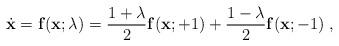
LaTeX: \begin{align*}\dot{\bf x}={\bf f}({\bf x};\lambda)=\frac{1+\lambda}2{\bf f}({\bf x};+1)+\frac{1-\lambda}2{\bf f}({\bf x};-1)\;,\end{align*}